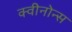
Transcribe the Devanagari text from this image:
क्वीनोन्स